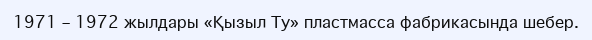
1971 – 1972 жылдары «Қызыл Ту» пластмасса фабрикасында шебер.